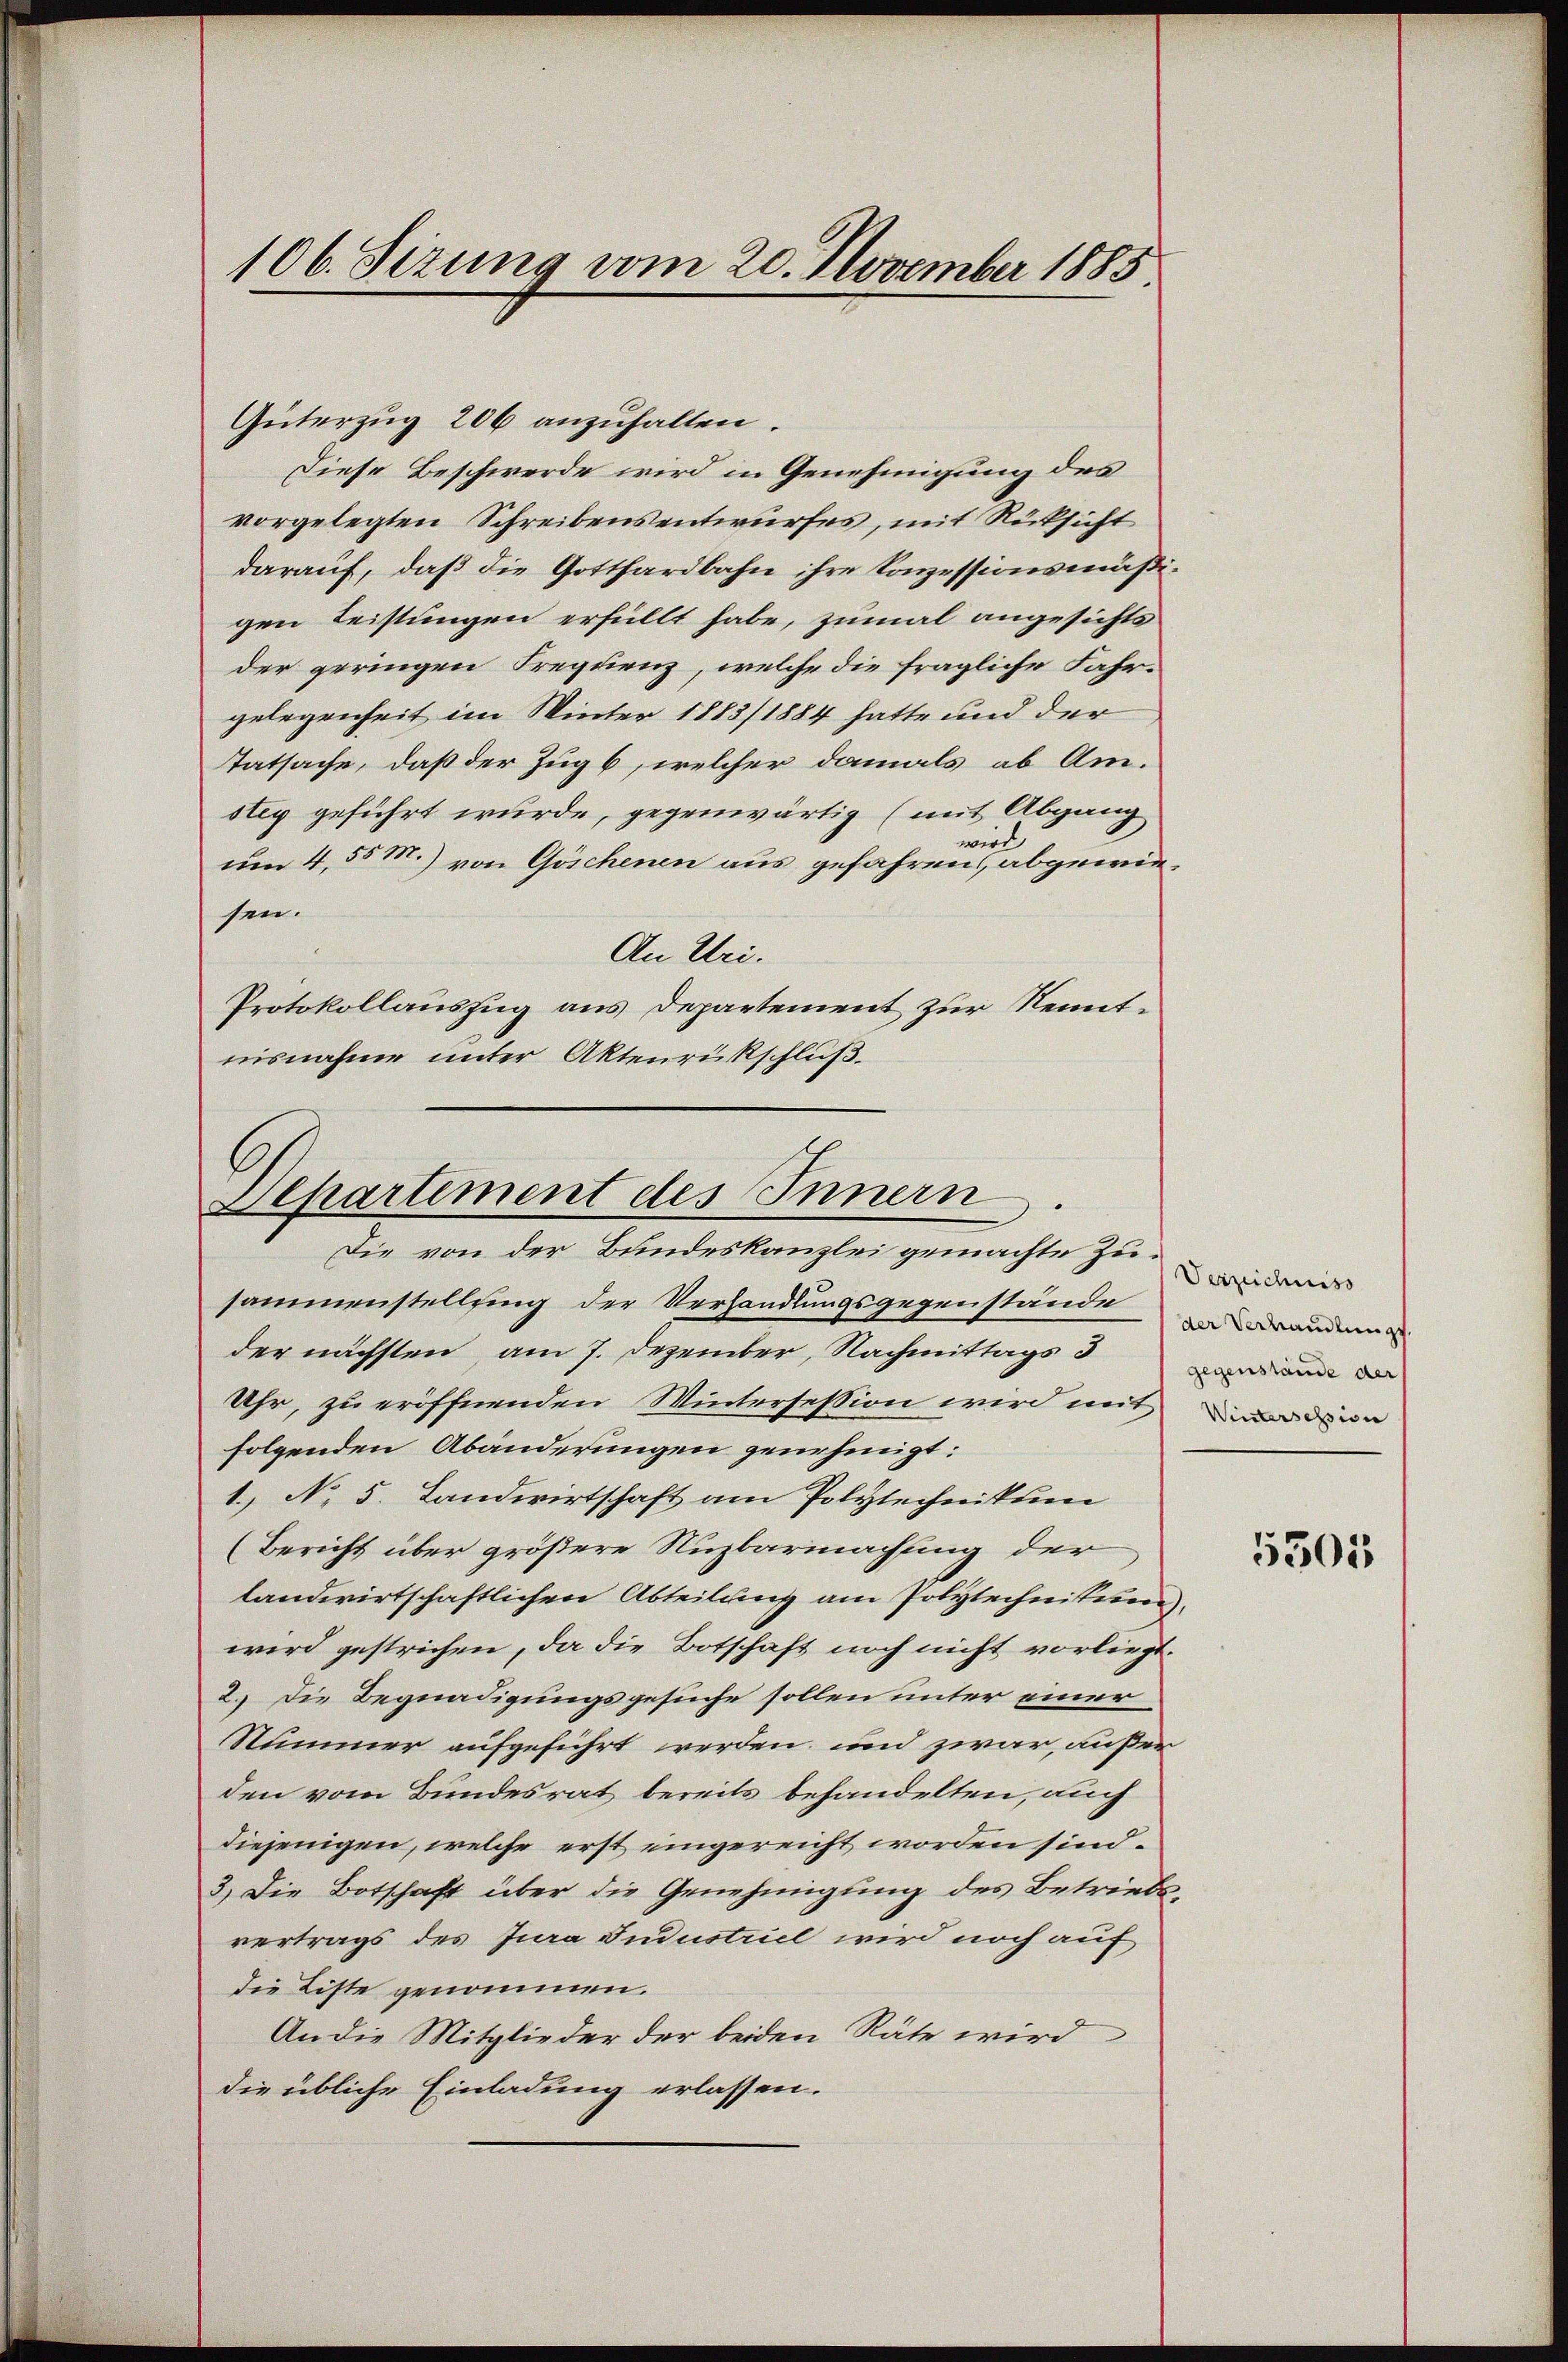
106. Sizung vom 20. November 1885.

Güterzug 206 anzuhalten.
Diese Beschwerde wird in Genehmigung des
vorgelegten Schreibensentwurfes, mit Rücksicht
darauf, daß die Gotthardbahn ihre Konzessionsmäßigen Leistungen erfüllt habe, zumal angesichts
der geringen Frequenz, welche die fragliche Fahrgelegenheit im Winter 1883/1884 hatte und der
Tatsache, daß der Zug 6, welcher damals ab Amstey geführt wurde, gegenwärtig (mit Abgang
wirt
um 4, 55 M.) von Göschenen aus gefahren, abgewiesen.
An Uri.
Protokollauszug aus Departement zur Kenntnisnahme unter Aktenrückschluß.

Separtement des Innern

Die von der Bundeskanzlei gemachte Zusammenstellung der Verhandlungsgegenstände zu wanderung
der nächsten, am 7. Dezember, Nachmittags 3 an die
Uhr, zu eröffnenden Wintersession wird mit den
folgenden Abänderungen genehmigt:
1.) No 5. Landwirtschaft am Polytechnikum
(Bericht über größere Nuzbarmachung der
landwirtschaftlichen Abteilung am Polytechnition
wird gestrichen, da die Botschaft noch nicht vorliegt.
2.) Die Begnadigungsgesuche sollen unter einer
Nummer aufgeführt werden und zwar, außer
den vom Bundesrat bereits behandelten, auch
diejenigen, welche erst eingereicht worden sind.
3.) Die Botschaft über die Genehmigung des Betriebs-
vertrags des Jura Sudustriel wird noch auf
die Liste genommen.
An die Mitglieder der beiden Räte wird
die übliche Einladung erlassen.

Verzeichniss

5301